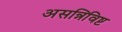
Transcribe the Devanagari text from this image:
असन्निविष्ट